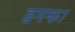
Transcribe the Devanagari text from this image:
हमका